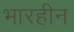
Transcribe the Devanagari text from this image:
भारहीन